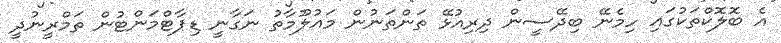
އެ ބޮލޮކްތަކުގައި ހިމެނޭ ބިދޭސީން ދިރިއުޅޭ ތަންތަނުން މައުލޫމާތު ނަގާނީ ޑިޕާޓްމަންޓުން ތަމްރީނުދީ